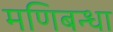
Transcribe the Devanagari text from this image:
मणिबन्धा